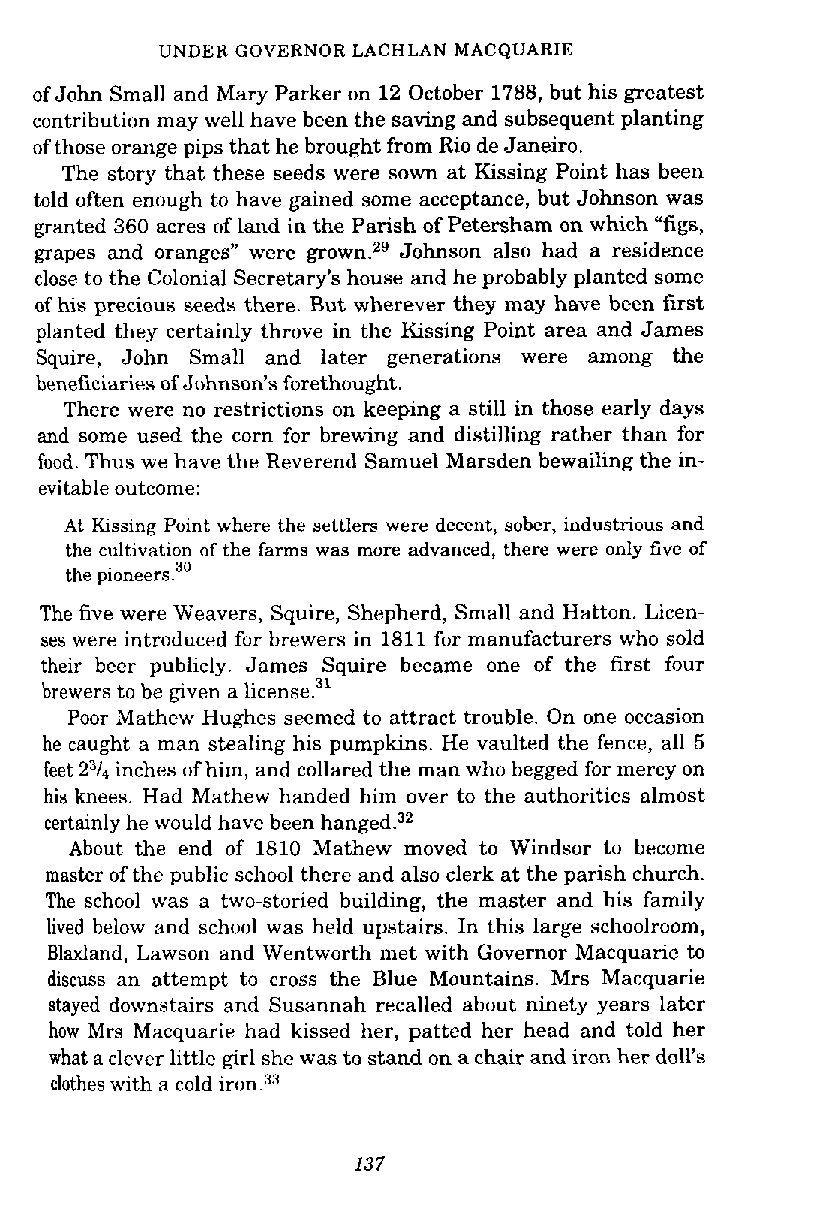
UNDER GOVERNOR LACHLAN MACQUARIE
 of John Small and Mary Parker on 12 October 1788, but his greatest
 contribution may well have been the saving and subsequent planting
 of those orange pips that he brought from Rio de Janeiro.
 The story that these seeds were sown at Kissing Point has been
 t-o ld often enough to have gained some acceptance, but Johnson was
 eranted 360 acres of land in the Parish of Petersham on which "fi-~ s,
 grapes and oranges" were grown.Z9 Johnson also had a residence
 close to the Colonial Secretary's house and he probably planted some
 of his precious seeds there. But wherever they may have been first
 planted they certainly throve in the Kissing Point area and James
 Squire, John Small and later generations were among the
 beneficiaries of Johnson's forethought.
 There were no restrictions on keeping a still in those early days
 and some used the corn for brewing and distilling rather than for
 food. Thus we have the Reverend Samuel Marsden bewailing the in-
 evitable outcome:
 At Lssing Point where the settlers were decent, sober, industrious and
 the cultivation of the farms was more advanced, there were only five of
 the pioneers.3 0
 The five were Weavers, Squire, Shepherd, Small and Hatton. Licen-
 ses were introduced for brewers in 1811 for manufacturers who sold
 their beer publicly. James Squire became one of the first four
 brewers to be given a license.31
 Poor Mathew Hughes seemed to attract trouble. On one occasion
 he caught a man stealing his pumpkins. He vaulted the fence, all 5
 feet 2% inches of him, and collared the man who begged for mercy on
 his knees. Had Mathew handed him over to the authorities almost
 certainly he would have been hanged.32
 About the end of 1810 Mathew moved to Windsor to become
 master of the public school there and also clerk at the parish church.
 The school was a two-storied building, the master and his family
 lived below and school was held upstairs. In this large schoolroom,
 Blaxland, Lawson and Wentworth met with Governor Macquarie to
 discuss an attempt to cross the Blue Mountains. Mrs Macquarie
 stayed downstairs and Susannah recalled about ninety years later
 how Mrs Macquarie had kissed her, patted her head and told her
 what a clever little girl she was to stand on a chair and iron her doll's
 clothes with a cold iron.33